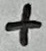
Text: +